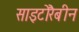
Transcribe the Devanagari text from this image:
साइटोरैबीन